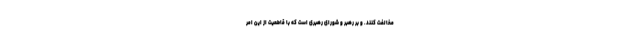
مخالفت کنند. و بر رهبر و شورای رهبری است که با قاطعیت از این امر